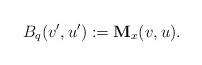
LaTeX: \begin{align*}B_{q}(v',u'):=\textbf{M}_{x}(v,u).\end{align*}